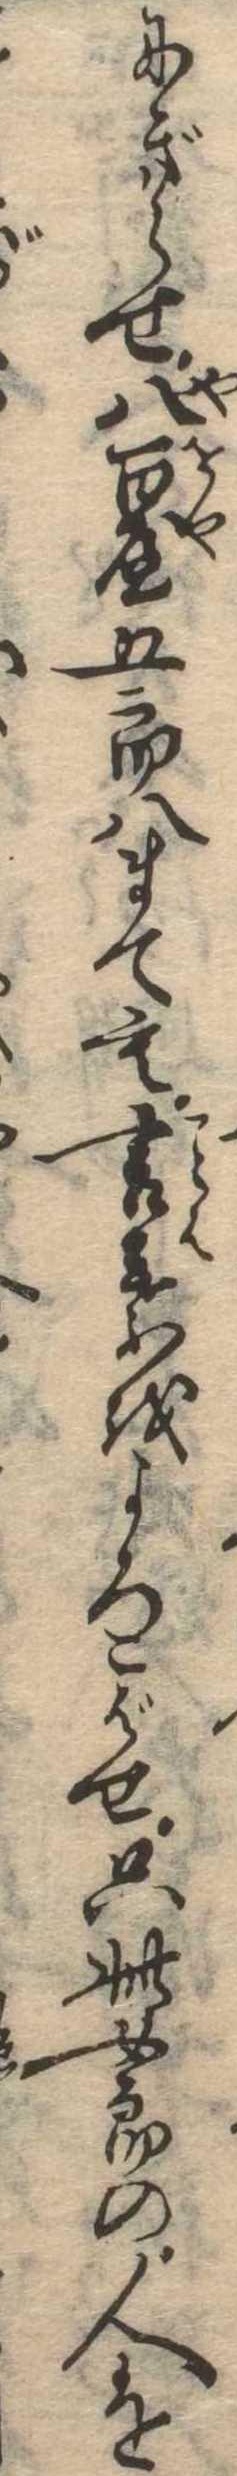
にぎらせ八百屋五郎八まても言葉をよろこばせ只此女郎の人を